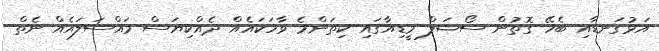
އަޅުގަނޑާއި ބެހޭ ގޮތުން ސޯޝަލް މީޑިއާގައި ކިތަންމެ ވާހަކައެއް ދެއްކިޔަސް މައްސަލައެއް ނެތް